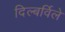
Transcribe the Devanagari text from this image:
दिल्बर्विले